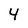
Character: 4